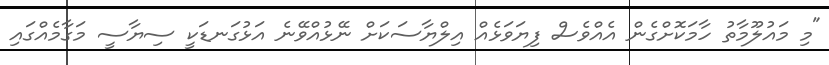
"މި މައުލޫމާތު ހާމަކޮށްގެން އެއްވެސް ފިޔަވަޅެއް އިލްޔާސަކަށް ނޭޅުއްވޭނެ އަޅުގަނޑަކީ ސިޔާސީ މަގާމެއްގައި